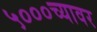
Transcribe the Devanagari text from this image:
५०००च्यावर